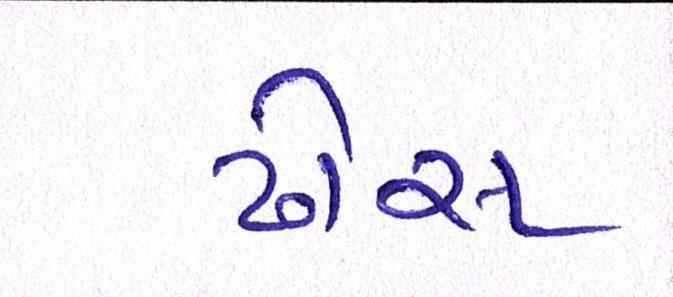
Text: ઢોસ